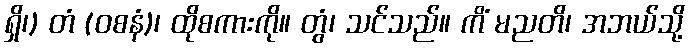
ရှိ၊) တံ (ဝစနံ)၊ ထိုစကားကို။ တွံ၊ သင်သည်။ ကိံ မညတိ၊ အဘယ်သို့